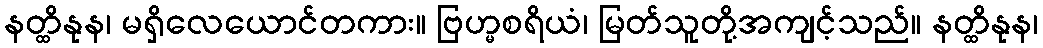
နတ္ထိနုန၊ မရှိလေယောင်တကား။ ဗြဟ္မစရိယံ၊ မြတ်သူတို့အကျင့်သည်။ နတ္ထိနုန၊